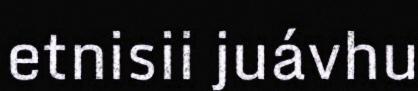
etnisii juávhu